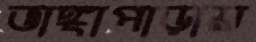
ভাঙ্গাপাড়ায়